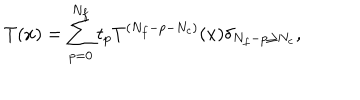
T ( x ) = \sum _ { p = 0 } ^ { N _ { f } } t _ { p } T ^ { ( N _ { f } - p - N _ { c } ) } ( x ) \delta _ { N _ { f } - p \geq N _ { c } } ,